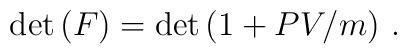
\det{(F)}=\det{( 1+PV/m )}~.